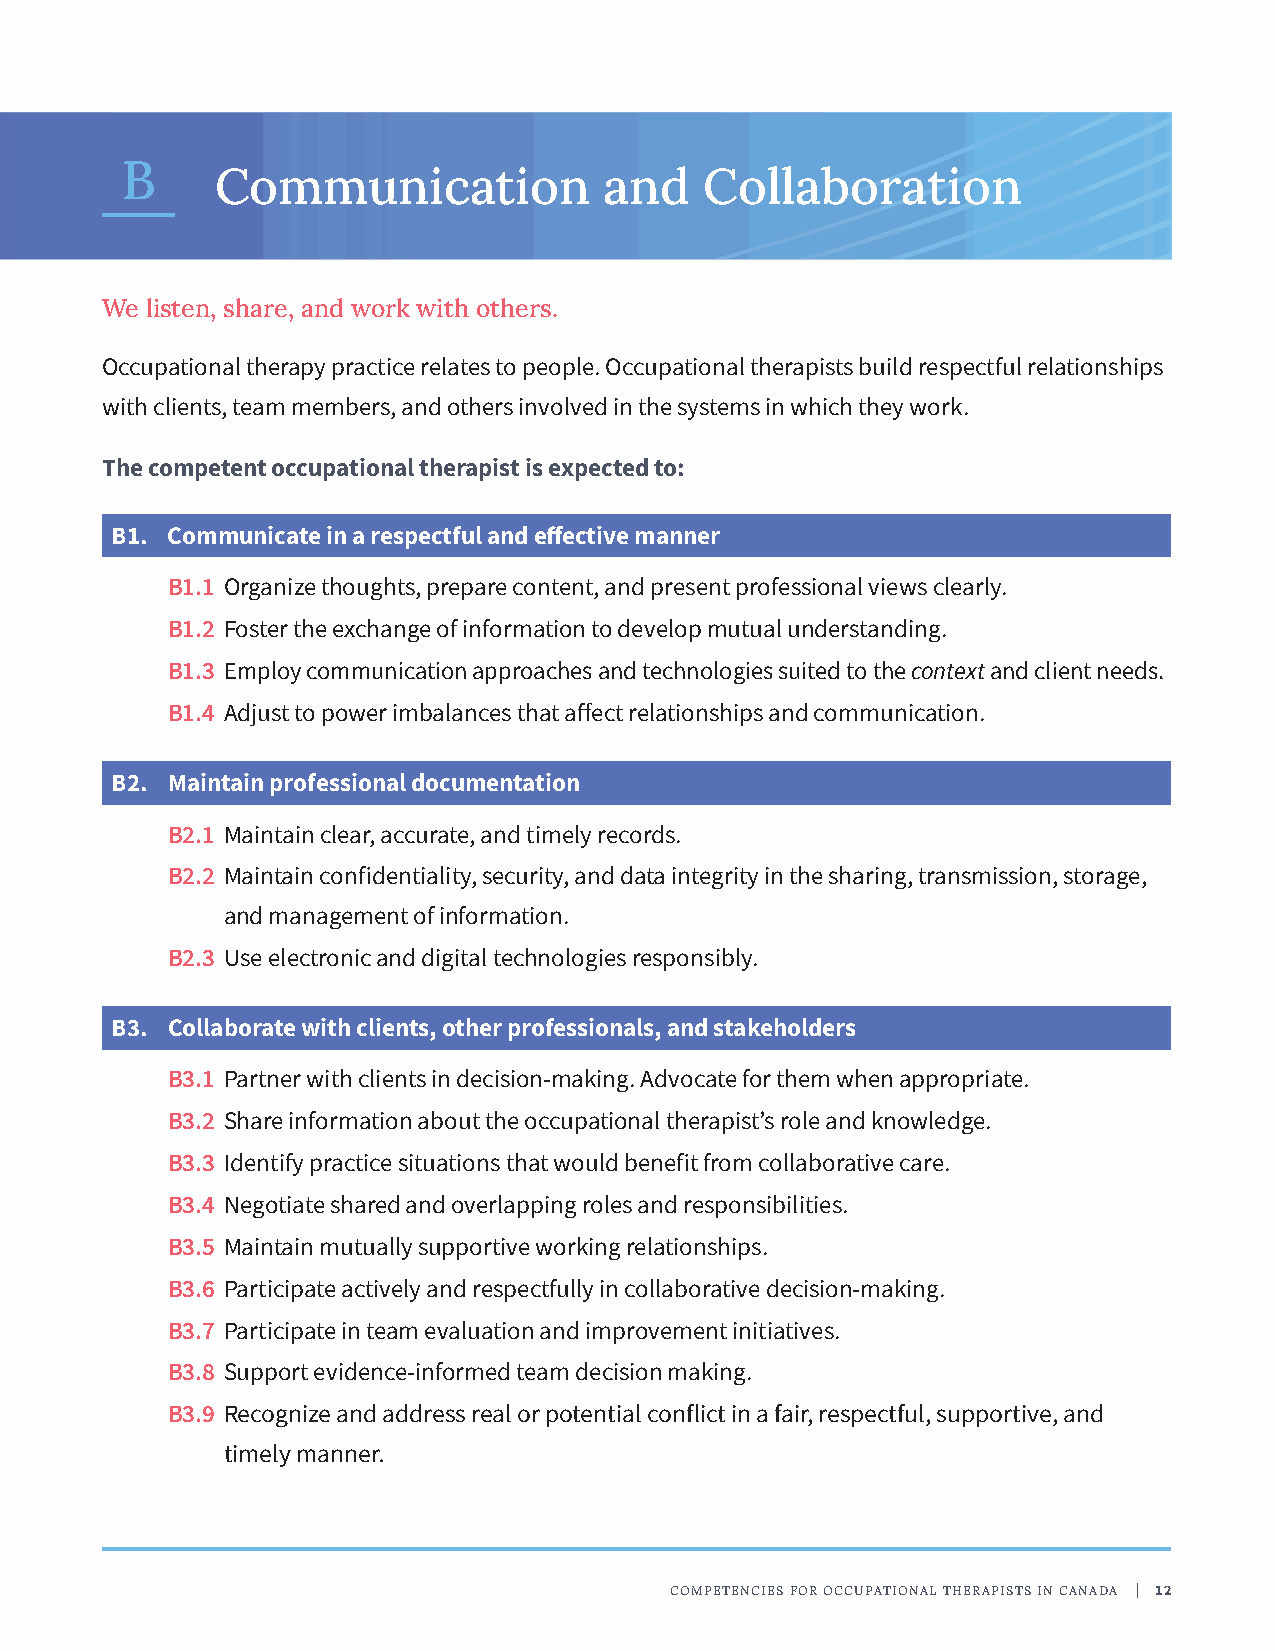
B
 Communication             and    Collaboration
 We listen, share, and work with others.
 Occupational therapy practice relates to people. Occupational therapists build respectful relationships
 with clients, team members, and others involved in the systems in which they work.
 The competent occupational therapist is expected to:
 B1. Communicate in a respectful and effective manner
 B1.1 Organize thoughts, prepare content, and present professional views clearly.
 B1.2 Foster the exchange of information to develop mutual understanding.
 B1.3 Employ communication approaches and technologies suited to the context and client needs.
 B1.4 Adjust to power imbalances that affect relationships and communication.
 B2. Maintain professional documentation
 B2.1 Maintain clear, accurate, and timely records.
 B2.2 Maintain confidentiality, security, and data integrity in the sharing, transmission, storage,
 and management of information.
 B2.3 Use electronic and digital technologies responsibly.
 B3. Collaborate with clients, other professionals, and stakeholders
 B3.1 Partner with clients in decision-making. Advocate for them when appropriate.
 B3.2 Share information about the occupational therapist’s role and knowledge.
 B3.3 Identify practice situations that would benefit from collaborative care.
 B3.4 Negotiate shared and overlapping roles and responsibilities.
 B3.5 Maintain mutually supportive working relationships.
 B3.6 Participate actively and respectfully in collaborative decision-making.
 B3.7 Participate in team evaluation and improvement initiatives.
 B3.8 Support evidence-informed team decision making.
 B3.9 Recognize and address real or potential conflict in a fair, respectful, supportive, and
 timely manner.
 COMPETENCIES FOR OCCUPATIONAL THERAPISTS IN CANADA | 12